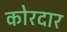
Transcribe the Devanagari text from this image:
कोरदार